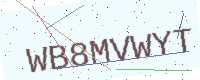
Text: WB8MVWYT